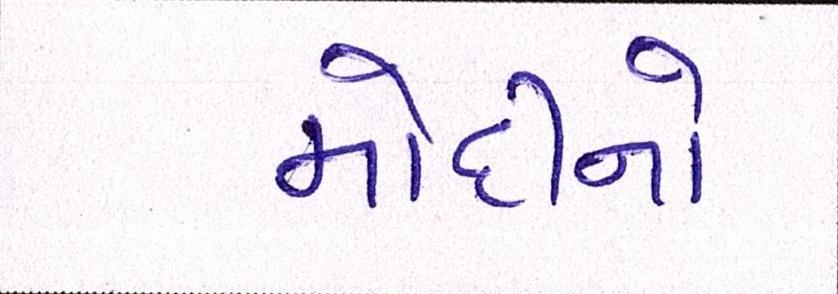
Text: મોદીનો